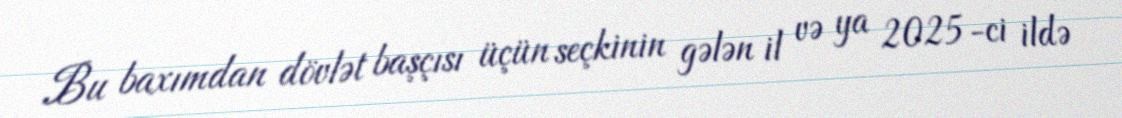
Bu baxımdan dövlət başçısı üçün seçkinin gələn il və ya 2025-ci ildə